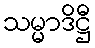
သမ္မာဒိဋ္ဌီ